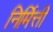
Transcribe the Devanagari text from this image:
निर्मित्ती